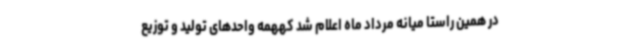
در همین راستا میانه مرداد ماه اعلام شد کههمه واحدهای تولید و توزیع